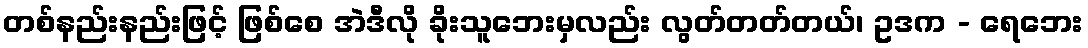
တစ်နည်းနည်းဖြင့် ဖြစ်စေ အဲဒီလို ခိုးသူဘေးမှလည်း လွတ်တတ်တယ်၊ ဥဒက - ရေဘေး